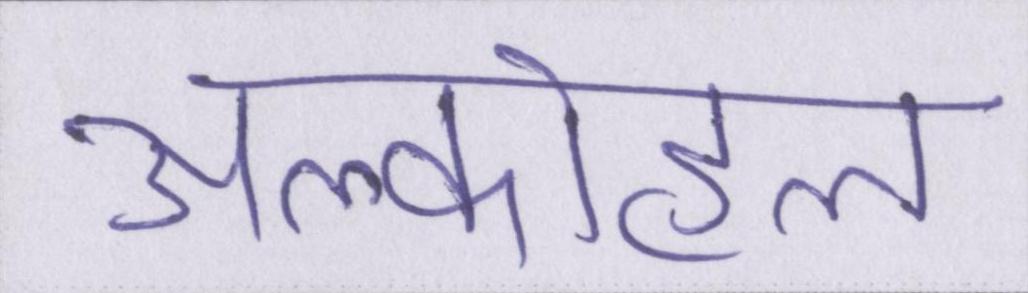
अल्कोहल